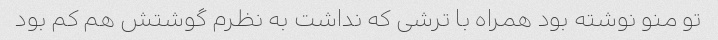
تو منو نوشته بود همراه با ترشی که نداشت به نظرم گوشتش هم کم بود